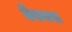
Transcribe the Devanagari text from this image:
टैकल्स